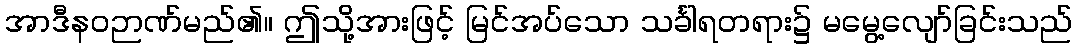
အာဒီနဝဉာဏ်မည်၏။ ဤသို့အားဖြင့် မြင်အပ်သော သင်္ခါရတရား၌ မမွေ့လျော်ခြင်းသည်